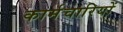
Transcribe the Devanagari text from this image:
कार्मचारियों